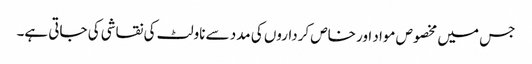
جس میں مخصوص مواد اور خاص کرداروں کی مدد سے ناولٹ کی نقاشی کی جاتی ہے۔